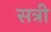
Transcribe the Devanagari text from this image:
सत्री